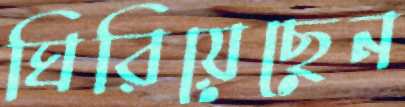
ঘিরিয়েছেন